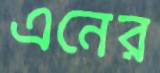
এনের